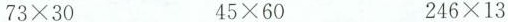
$$73\times 30$$ $$45\times 60 $$246\times 13$$